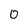
Character: 0